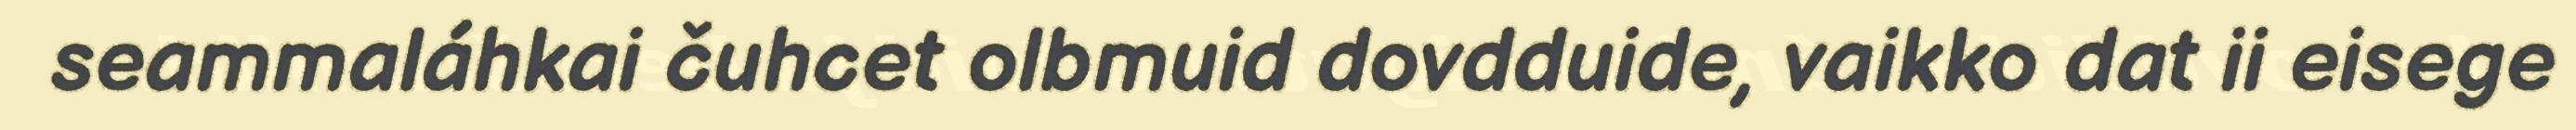
seammaláhkai čuhcet olbmuid dovdduide, vaikko dat ii eisege